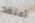
أعتقد